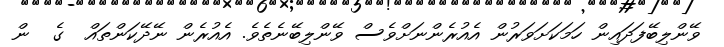
ވޭންލިބޭފަދައިން ހަމަކަށަވަރުން އެއުރެންނަށްވެސް ވޭންލިބޭނެތެވެ. އެއުރެން ނޭދޭކަންތައް  ގެ  ން